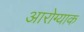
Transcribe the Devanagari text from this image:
आरोग्याक